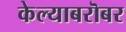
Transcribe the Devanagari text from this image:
केल्याबरॊबर